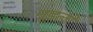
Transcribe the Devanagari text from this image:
नूडलों